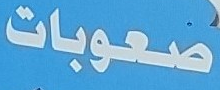
صعوبات